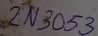
Text: 2N3053